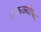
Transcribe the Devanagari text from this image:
पाकळ्यांपेक्षा